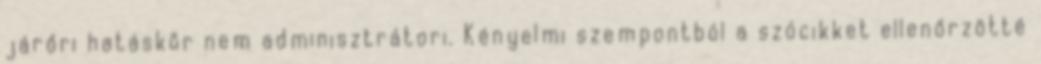
járőri hatáskör nem adminisztrátori. Kényelmi szempontból a szócikket ellenőrzötté